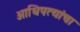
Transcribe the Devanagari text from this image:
आधिपत्यांचा